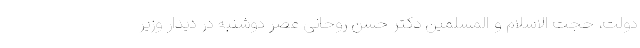
دولت، حجت الاسلام و المسلمین دکتر حسن روحانی عصر دوشنبه در دیدار وزیر